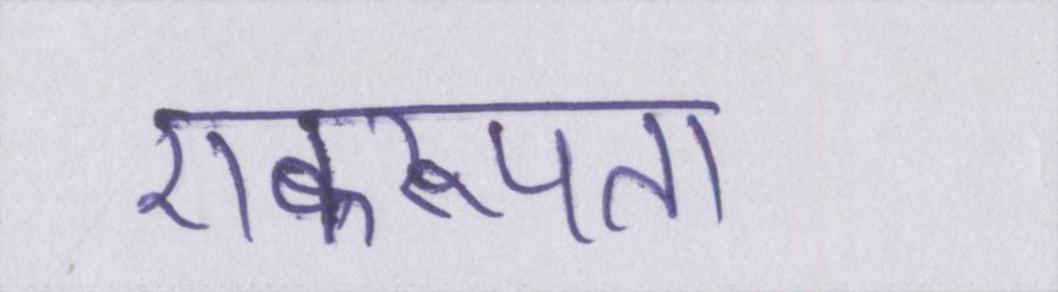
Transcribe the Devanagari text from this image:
एकरूपता